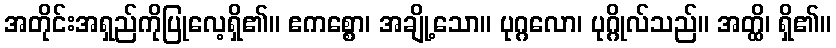
အတိုင်းအရှည်ကိုပြုလေ့ရှိ၏။ ဧကစ္စော၊ အချို့သော။ ပုဂ္ဂလော၊ ပုဂ္ဂိုလ်သည်။ အတ္ထိ၊ ရှိ၏။